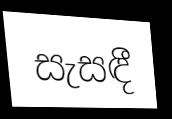
සැසඳී